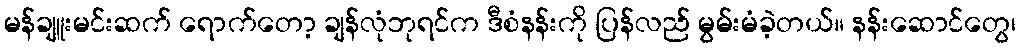
မန်ချူးမင်းဆက် ရောက်တော့ ချန်လုံဘုရင်က ဒီစံနန်းကို ပြန်လည် မွမ်းမံခဲ့တယ်။ နန်းဆောင်တွေ၊